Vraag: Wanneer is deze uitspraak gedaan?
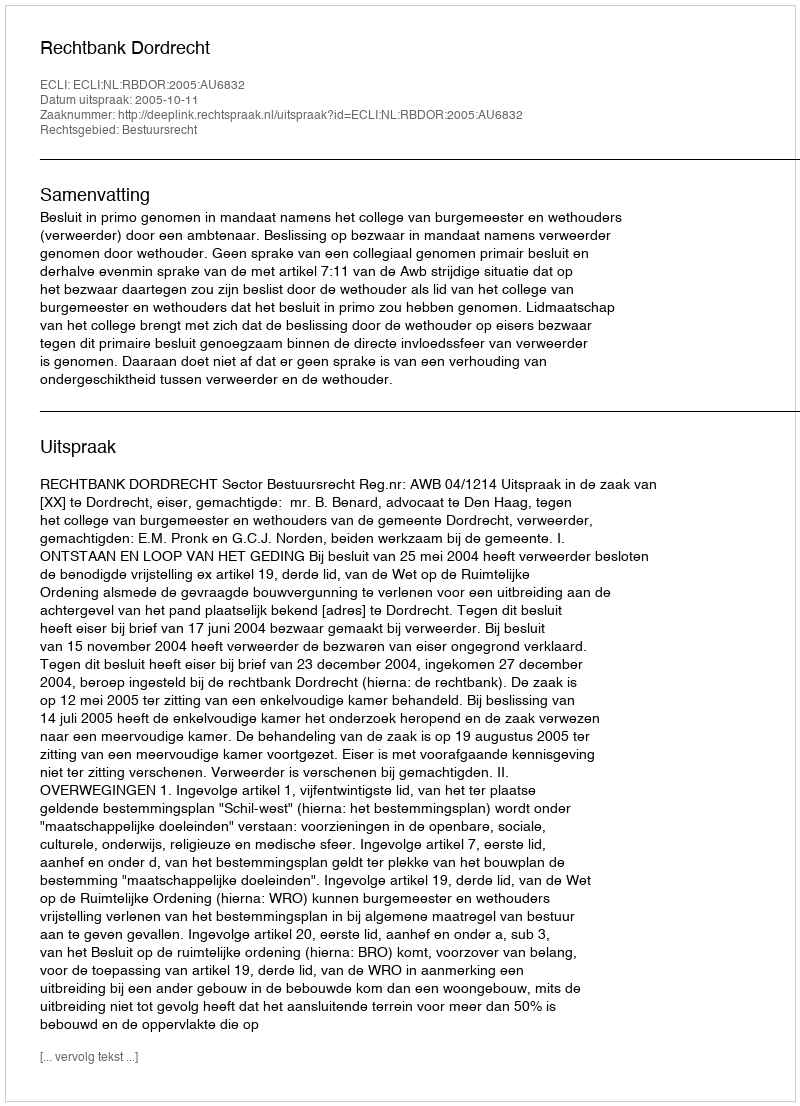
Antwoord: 2005-10-11